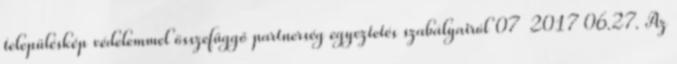
településkép védelemmel összefüggő partnerség egyeztetés szabályairól 07 2017 06.27. Az